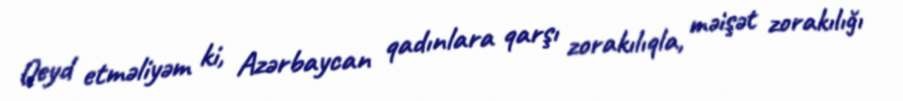
Qeyd etməliyəm ki, Azərbaycan qadınlara qarşı zorakılıqla, məişət zorakılığı